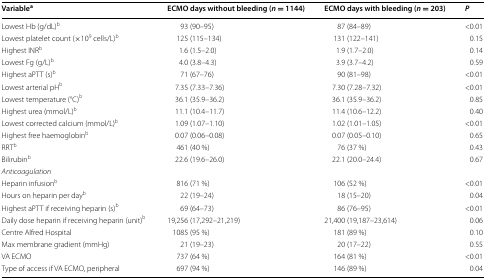
<table><thead><tr><td><b>Variable<sup>a</sup></b></td><td><b>ECMO days without bleeding (<i>n</i> = 1144)</b></td><td><b>ECMO days with bleeding (<i>n</i> = 203)</b></td><td><b><i>P</i></b></td></tr></thead><tbody><tr><td>Lowest Hb (g/dL)<sup>b</sup></td><td>93 (90–95)</td><td>87 (84–89)</td><td>&lt;0.01</td></tr><tr><td>Lowest platelet count (×10<sup>9</sup> cells/L)<sup>b</sup></td><td>125 (115–134)</td><td>131 (122–141)</td><td>0.15</td></tr><tr><td>Highest INR<sup>b</sup></td><td>1.6 (1.5–2.0)</td><td>1.9 (1.7–2.0)</td><td>0.14</td></tr><tr><td>Lowest Fg (g/L)<sup>b</sup></td><td>4.0 (3.8–4.3)</td><td>3.9 (3.7–4.2)</td><td>0.59</td></tr><tr><td>Highest aPTT (s)<sup>b</sup></td><td>71 (67–76)</td><td>90 (81–98)</td><td>&lt;0.01</td></tr><tr><td>Lowest arterial pH<sup>b</sup></td><td>7.35 (7.33–7.36)</td><td>7.30 (7.28–7.32)</td><td>&lt;0.01</td></tr><tr><td>Lowest temperature (°C)<sup>b</sup></td><td>36.1 (35.9–36.2)</td><td>36.1 (35.9–36.2)</td><td>0.85</td></tr><tr><td>Highest urea (mmol/L)<sup>b</sup></td><td>11.1 (10.4–11.7)</td><td>11.4 (10.6–12.2)</td><td>0.40</td></tr><tr><td>Lowest corrected calcium (mmol/L)<sup>b</sup></td><td>1.09 (1.07–1.10)</td><td>1.02 (1.01–1.05)</td><td>&lt;0.01</td></tr><tr><td>Highest free haemoglobin<sup>b</sup></td><td>0.07 (0.06–0.08)</td><td>0.07 (0.05–0.10)</td><td>0.65</td></tr><tr><td>RRT<sup>b</sup></td><td>461 (40 %)</td><td>76 (37 %)</td><td>0.43</td></tr><tr><td>Bilirubin<sup>b</sup></td><td>22.6 (19.6–26.0)</td><td>22.1 (20.0–24.4)</td><td>0.67</td></tr><tr><td><i>Anticoagulation</i></td><td></td><td></td><td></td></tr><tr><td>Heparin infusion<sup>b</sup></td><td>816 (71 %)</td><td>106 (52 %)</td><td>&lt;0.01</td></tr><tr><td>Hours on heparin per day<sup>b</sup></td><td>22 (19–24)</td><td>18 (15–20)</td><td>0.04</td></tr><tr><td>Highest aPTT if receiving heparin (s)<sup>b</sup></td><td>69 (64–73)</td><td>86 (76–95)</td><td>&lt;0.01</td></tr><tr><td>Daily dose heparin if receiving heparin (unit)<sup>b</sup></td><td>19,256 (17,292–21,219)</td><td>21,400 (19,187–23,614)</td><td>0.06</td></tr><tr><td>Centre Alfred Hospital</td><td>1085 (95 %)</td><td>181 (89 %)</td><td>0.10</td></tr><tr><td>Max membrane gradient (mmHg)</td><td>21 (19–23)</td><td>20 (17–22)</td><td>0.55</td></tr><tr><td>VA ECMO</td><td>737 (64 %)</td><td>164 (81 %)</td><td>&lt;0.01</td></tr><tr><td>Type of access if VA ECMO, peripheral</td><td>697 (94 %)</td><td>146 (89 %)</td><td>0.04</td></tr></tbody></table>